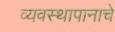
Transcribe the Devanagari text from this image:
व्यवस्थापानाचे